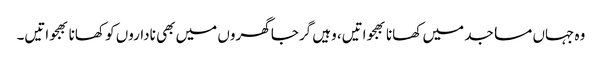
وہ جہاں مساجد میں کھانا بھجواتیں، وہیں گرجا گھروں میں بھی ناداروں کو کھانا بھجواتیں۔